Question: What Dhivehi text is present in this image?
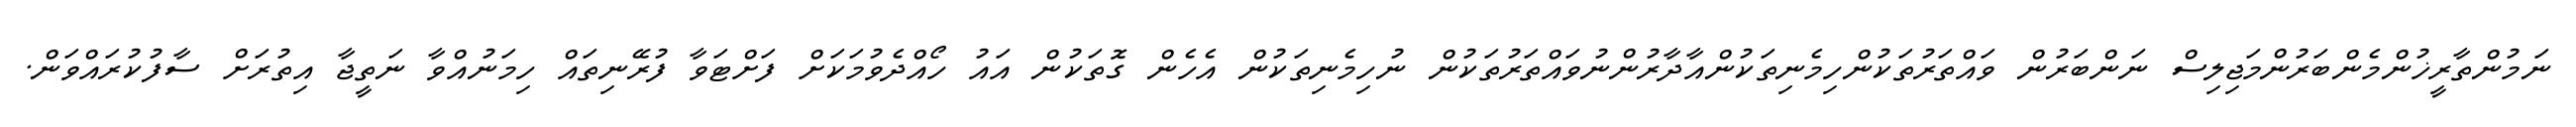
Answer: ނަމުންތާރީޚުންމެންބަރުންމަޖިލިސް ނަންބަރުން ވައްތަރުތަކުންހިމެނިތަކުންއާދާރުންނުވައްތަރުތަކުން ނުހިމެނިތަކުން އެހެން ގޮތަކުން އައު ހޯއްދެވުމަކަށް ފަށްޓަވާ ފުރޭނިތައް ހިމަނުއްވާ ނަތީޖާ އިތުރަށް ސާފުކުރައްވަން.